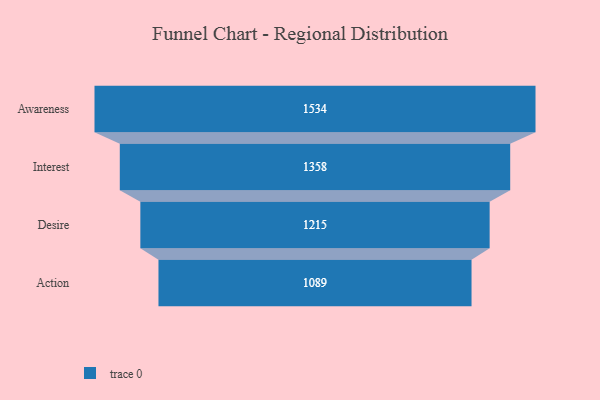
{"axis": {"x": "Stage", "y": "Value"}, "legend": [""], "data": [{"x": "Awareness", "y": 1534.0, "type": ""}, {"x": "Interest", "y": 1358.0, "type": ""}, {"x": "Desire", "y": 1215.0, "type": ""}, {"x": "Action", "y": 1089.0, "type": ""}]}